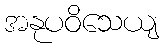
အနုပဝိသေယျ